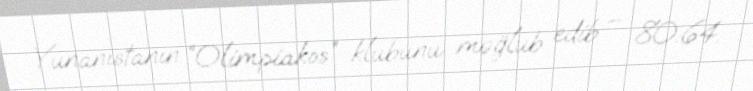
Yunanıstanın “Olimpiakos” klubunu məğlub edib – 80:64.